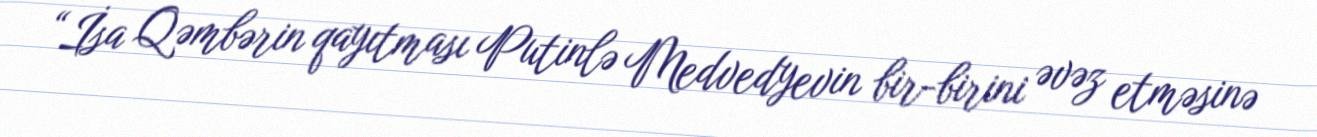
“İsa Qəmbərin qayıtması Putinlə Medvedyevin bir-birini əvəz etməsinə